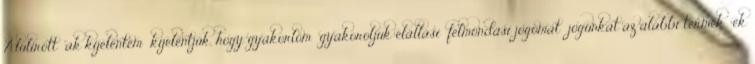
Alulírott ak kijelentem kijelentjük, hogy gyakorlom gyakoroljuk elállási felmondási jogomat jogunkat az alábbi termék ek